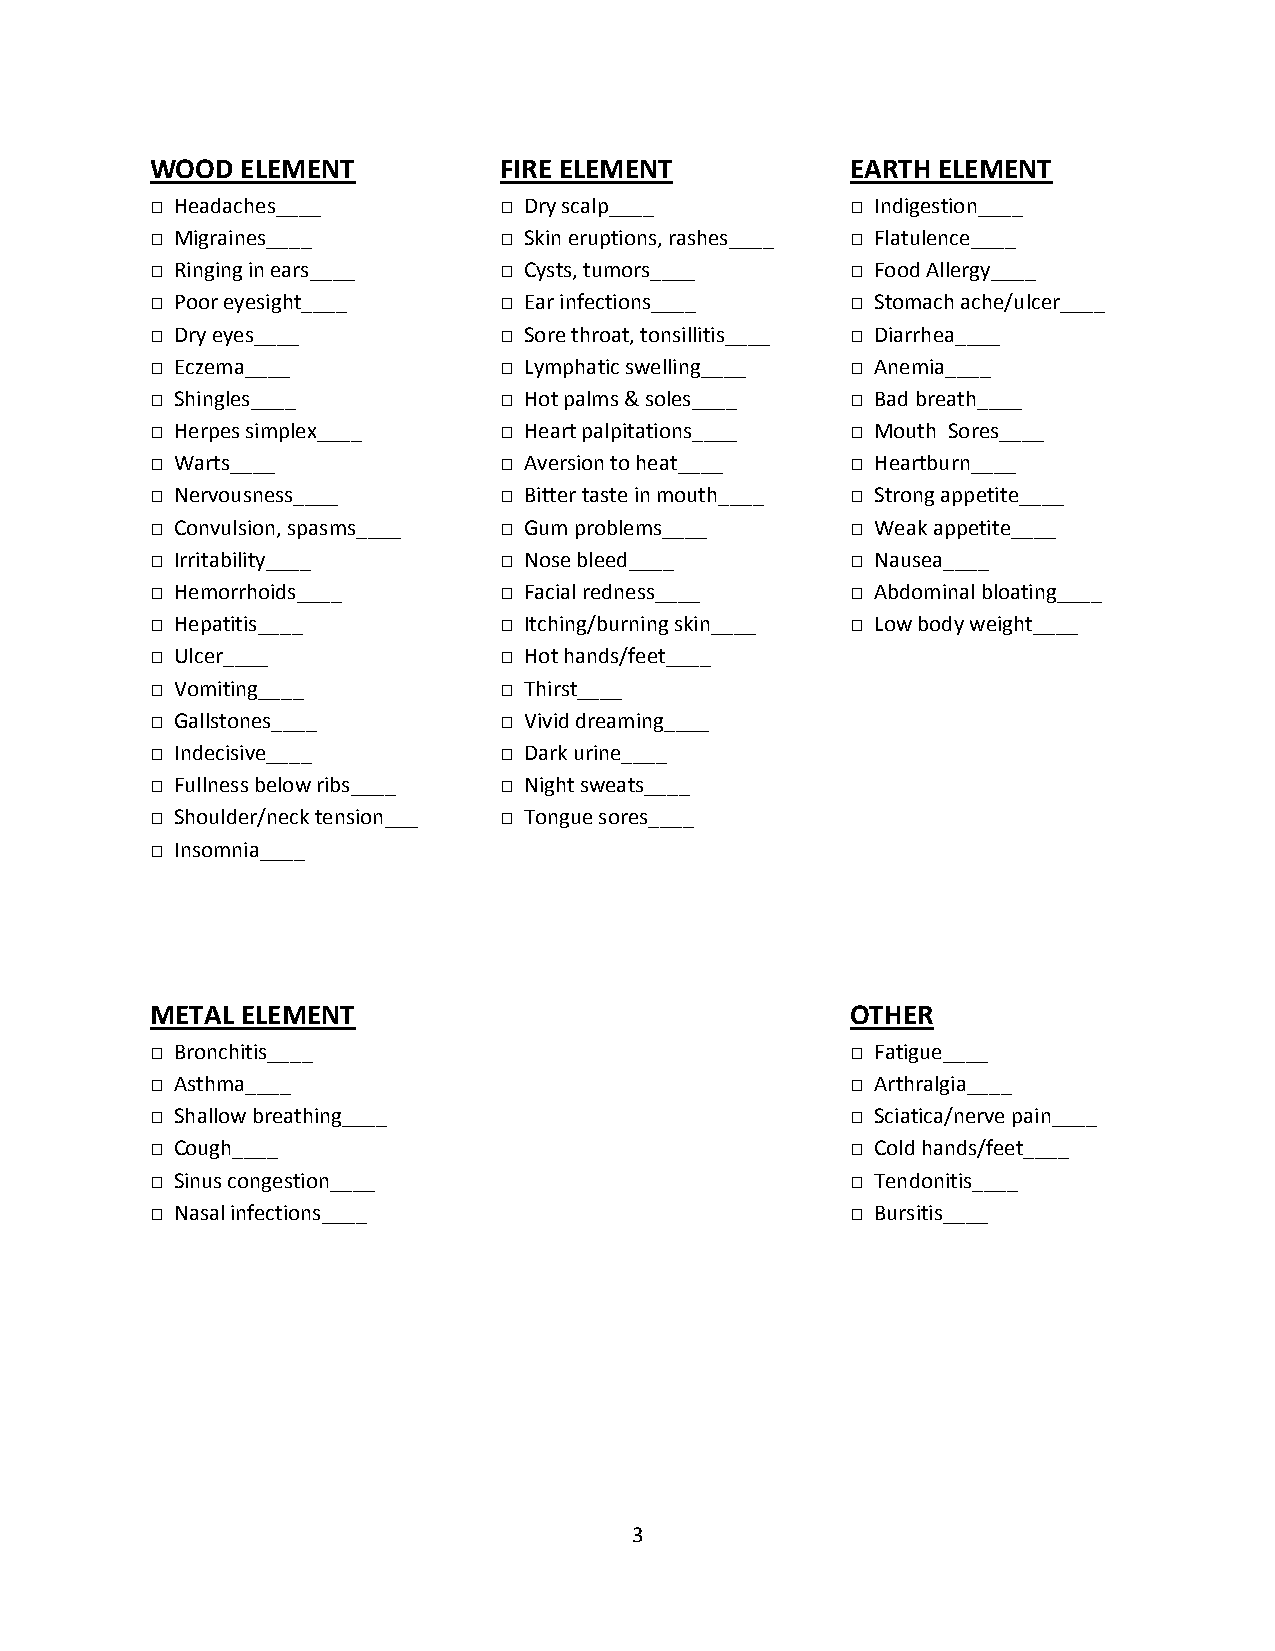
WOOD  ELEMENT          FIRE ELEMENT           EARTH ELEMENT
 □ Headaches____        □ Dry scalp____        □ Indigestion____
 □ Migraines____        □ Skin eruptions, rashes____ □ Flatulence____
 □ Ringing in ears____  □ Cysts, tumors____    □ Food Allergy____
 □ Poor eyesight____    □ Ear infections____   □ Stomach ache/ulcer____
 □ Dry eyes____         □ Sore throat, tonsillitis____ □ Diarrhea____
 □ Eczema____           □ Lymphatic swelling____ □ Anemia____
 □ Shingles____         □ Hot palms & soles____ □ Bad breath____
 □ Herpes simplex____   □ Heart palpitations____ □ Mouth Sores____
 □ Warts____            □ Aversion to heat____ □ Heartburn____
 □ Nervousness____      □ Bitter taste in mouth____ □ Strong appetite____
 □ Convulsion, spasms____ □ Gum problems____   □ Weak appetite____
 □ Irritability____     □ Nose bleed____       □ Nausea____
 □ Hemorrhoids____      □ Facial redness____   □ Abdominal bloating____
 □ Hepatitis____        □ Itching/burning skin____ □ Low body weight____
 □ Ulcer____            □ Hot hands/feet____
 □ Vomiting____         □ Thirst____
 □ Gallstones____       □ Vivid dreaming____
 □ Indecisive____       □ Dark urine____
 □ Fullness below ribs____ □ Night sweats____
 □ Shoulder/neck tension___ □ Tongue sores____
 □ Insomnia____
 METAL ELEMENT                                 OTHER
 □ Bronchitis____                              □ Fatigue____
 □ Asthma____                                  □ Arthralgia____
 □ Shallow breathing____                       □ Sciatica/nerve pain____
 □ Cough____                                   □ Cold hands/feet____
 □ Sinus congestion____                        □ Tendonitis____
 □ Nasal infections____                        □ Bursitis____
 3